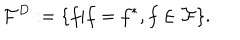
LaTeX: { \cal F } ^ { D } : = \{ f | f = f ^ { * } , f \in { \cal F } \} .